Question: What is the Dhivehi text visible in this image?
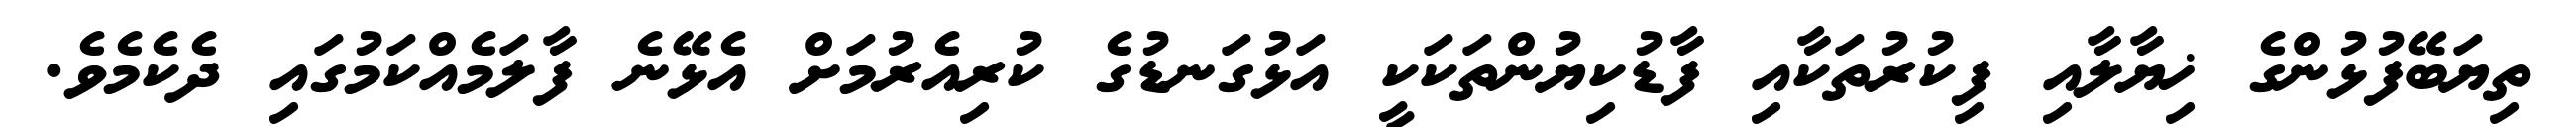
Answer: ތިޔަބޭފުޅުންގެ ޚިޔާލާއި ފިކުރުތަކާއި ފާޑުކިޔުންތަކަކީ އަޅުގަނޑުގެ ކުރިއެރުމަށް އެޅޭނެ ފާލަމެއްކަމުގައި ދެކެމެވެ.